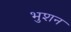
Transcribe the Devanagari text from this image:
भुशन